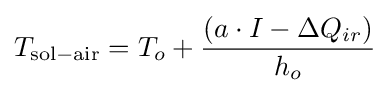
T_{\mathrm {sol-air} }=T_{o}+{\frac {(a\cdot I-\Delta Q_{ir})}{h_{o}}}